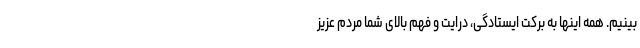
‌بینیم. همه اینها به برکت ایستادگی، درایت و فهم بالای شما مردم عزیز